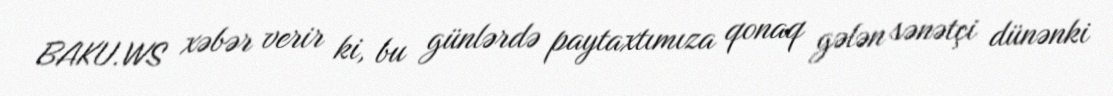
BAKU.WS xəbər verir ki, bu günlərdə paytaxtımıza qonaq gələn sənətçi dünənki